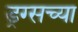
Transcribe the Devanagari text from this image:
ड्रग्सच्या